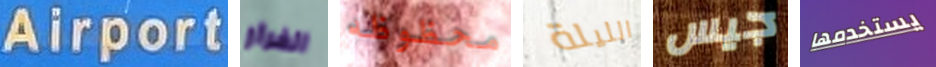
Airport الفرار محظوظه الليلة جيس يستخدمها